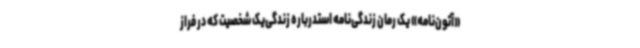
«آتون‌نامه» یک رمان زندگی‌نامه استدرباره زندگی‌یک شخصیت که در فراز